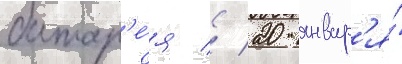
батар'е́я // 20 январ'я́